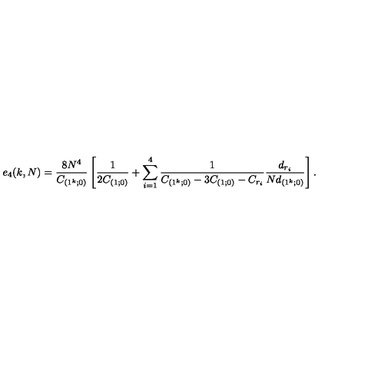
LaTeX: e _ { 4 } ( k , N ) = { \frac { 8 N ^ { 4 } } { C _ { ( 1 ^ { k } ; 0 ) } } } \left[ { \frac { 1 } { 2 C _ { ( 1 ; 0 ) } } } + \sum _ { i = 1 } ^ { 4 } { \frac { 1 } { C _ { ( 1 ^ { k } ; 0 ) } - 3 C _ { ( 1 ; 0 ) } - C _ { r _ { i } } } } { \frac { d _ { r _ { i } } } { N d _ { ( 1 ^ { k } ; 0 ) } } } \right] .